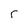
Character: r